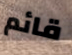
قائم